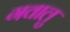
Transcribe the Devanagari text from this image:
गवालु